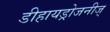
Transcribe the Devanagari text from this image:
डीहायड्रोजनीज्